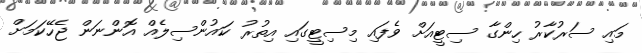
މައި ސަރުކާރު ހިންގާ ސިޓީއަށް ވެފައި މިސިޓީގައި އިތުރު ކައުންސިލެއް އޮންނަން ޖެހޭކަމަށް